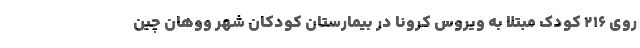
روی ۲۱۶ کودک مبتلا به ویروس کرونا در بیمارستان کودکان شهر ووهان چین